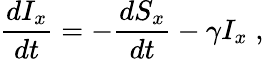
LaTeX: \frac{dI_{x}}{dt}=-\frac{dS_{x}}{dt}-\gamma I_{x}\; ,